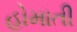
હોમાતી